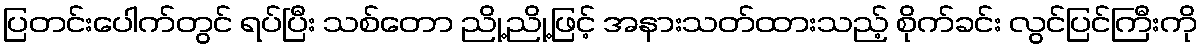
ပြတင်းပေါက်တွင် ရပ်ပြီး သစ်တော ညို့ညို့ဖြင့် အနားသတ်ထားသည့် စိုက်ခင်း လွင်ပြင်ကြီးကို